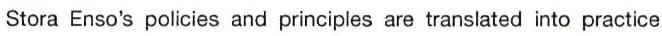
Stora Enso's policies and principles are translated into practice